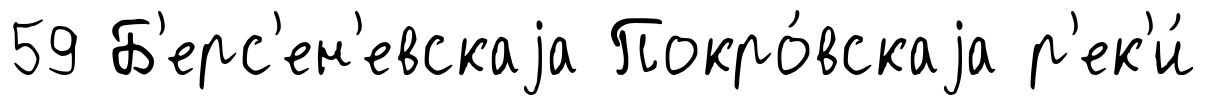
59 Б'ерс'ен'евскаjа Покро́вскаjа р'ек'и́